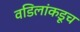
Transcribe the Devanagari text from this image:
वडिलांकडूच